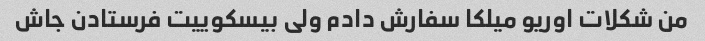
من شکلات اوریو میلکا سفارش دادم ولی بیسکوییت فرستادن جاش